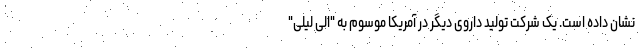
نشان داده است. یک شرکت تولید داروی دیگر در آمریکا موسوم به "الی لیلی"